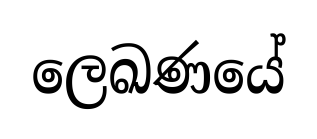
ලෙඛණයේ